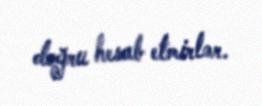
doğru hesab etmirlər.